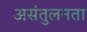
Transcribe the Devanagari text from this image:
असंतुलनता